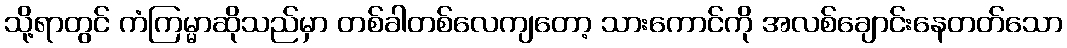
သို့ရာတွင် ကံကြမ္မာဆိုသည်မှာ တစ်ခါတစ်လေကျတော့ သားကောင်ကို အလစ်ချောင်းနေတတ်သော